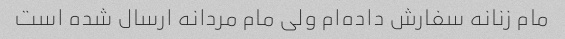
مام زنانه سفارش داده‌ام ولی مام مردانه ارسال شده است